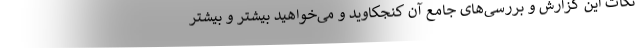
نکات این گزارش و بررسی‌های جامع آن کنجکاوید و می‌خواهید بیشتر و بیشتر